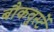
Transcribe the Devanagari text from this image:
बौकवुर्स्टे